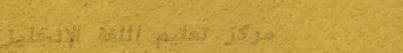
مركز تعليم اللغة الإنجليز